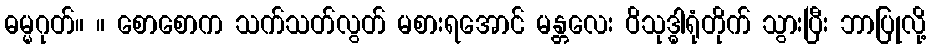
ဓမ္မဂုတ်။ ။ စောစောက သက်သတ်လွတ် မစားရအောင် မန္တလေး ဝိသုဒ္ဓါရုံတိုက် သွားပြီး ဘာပြုလို့